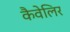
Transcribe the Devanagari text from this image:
कैवेलिर